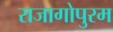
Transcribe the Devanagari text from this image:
राजागोपुरम